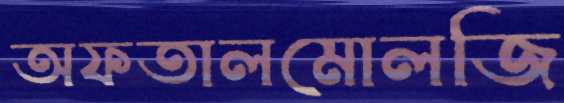
অফতালমোলজি